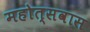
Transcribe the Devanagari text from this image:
महोत्सवास